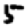
Digit: 5